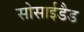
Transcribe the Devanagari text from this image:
सोसाईडैड